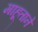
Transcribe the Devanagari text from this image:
माहूताने